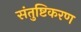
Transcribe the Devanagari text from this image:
संतुष्टिकरण